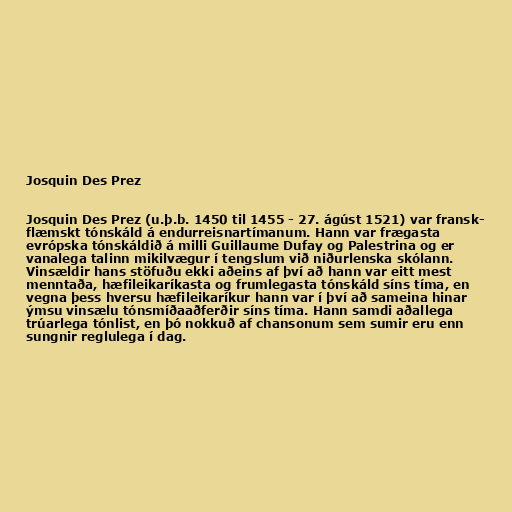
Josquin Des Prez

Josquin Des Prez (u.þ.b. 1450 til 1455 - 27. ágúst 1521) var fransk-
flæmskt tónskáld á endurreisnartímanum. Hann var frægasta
evrópska tónskáldið á milli Guillaume Dufay og Palestrina og er
vanalega talinn mikilvægur í tengslum við niðurlenska skólann.
Vinsældir hans stöfuðu ekki aðeins af því að hann var eitt mest
menntaða, hæfileikaríkasta og frumlegasta tónskáld síns tíma, en
vegna þess hversu hæfileikaríkur hann var í því að sameina hinar
ýmsu vinsælu tónsmíðaaðferðir síns tíma. Hann samdi aðallega
trúarlega tónlist, en þó nokkuð af chansonum sem sumir eru enn
sungnir reglulega í dag.